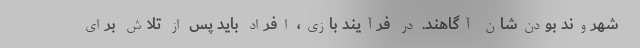
شهروند بودن‌شان آگاهند. در فرآیند بازی، افراد باید پس از تلاش برای